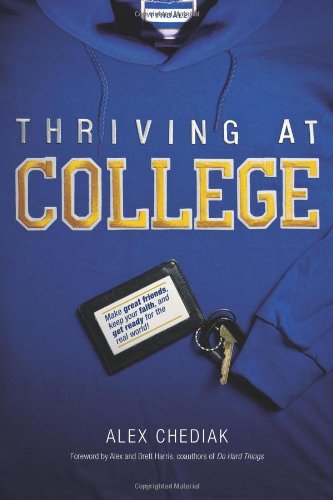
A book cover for Thriving at College: Make Great Friends, Keep Your Faith, and Get Ready for the Real World!; Alex Chediak; Education & Teaching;